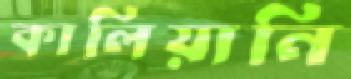
কালিয়ানি